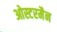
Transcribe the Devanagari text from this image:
ओस्टरमैन